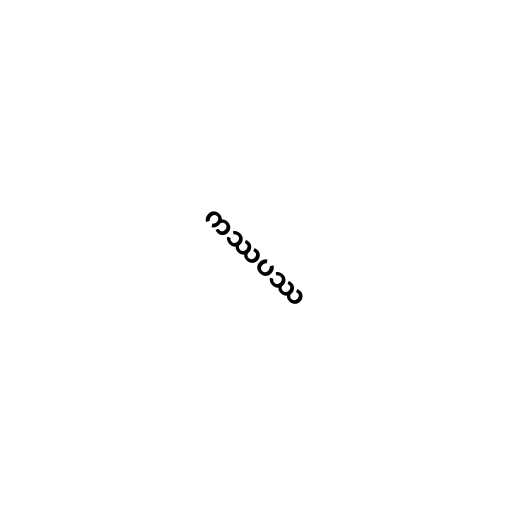
ကဿပဿ